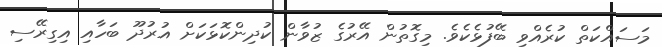
މަސައްކަތް ކުރެއްވި ބޭފުޅެކެވެ. މިގޮތުން އޭރުގެ ޒުވާން ކުދިންކޮޅަކަށް އުރުދޫ ބަހާއި އިގިރޭސި